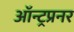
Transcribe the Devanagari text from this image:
ऑन्ट्रप्रनर